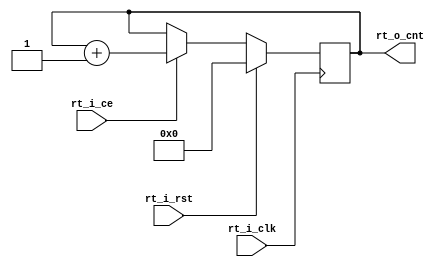
module rt_32b_cnt_simp(
  input rt_i_clk,
  input rt_i_rst,
  input rt_i_ce,
  output [31:0] rt_o_cnt
);

reg [31:0] rt_r_cnt = 32'd0;
assign rt_o_cnt = rt_r_cnt;

always@(posedge rt_i_clk) begin
  if(rt_i_rst)
    rt_r_cnt <= 32'd0;
  else if(rt_i_ce)
    rt_r_cnt <= rt_r_cnt + 1'b1;
end

endmodule